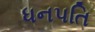
ધનપતિ